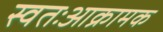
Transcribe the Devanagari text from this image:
स्वतःआक्रामक